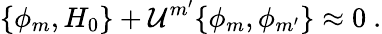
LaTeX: \{ \phi_{m},H_{0}\} +{\cal U}^{m^{\prime}}\{ \phi_{m},\phi_{m^{\prime}}\} \approx 0\ .